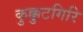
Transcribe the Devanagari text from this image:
कुक्कुटगिरि